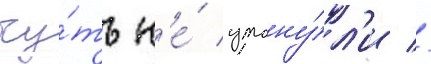
чу́ть н'е́ утону́л'и //